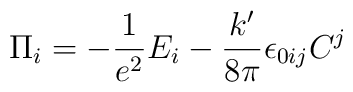
\Pi_i=-\frac1{e^2}E_i-\frac{k'}{8\pi}\epsilon_{0ij}C^j